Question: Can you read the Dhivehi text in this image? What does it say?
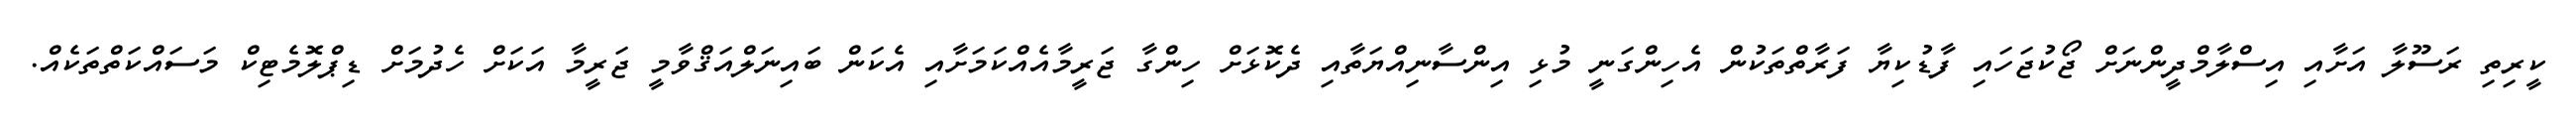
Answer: ކީރިތި ރަސޫލާ އަށާއި އިސްލާމްދީންނަށް ޖޯކުޖަހައި ފާޑުކިޔާ ފަރާތްތަކުން އެހިންގަނީ މުޅި އިންސާނިއްޔަތާއި ދެކޮޅަށް ހިންގާ ޖަރީމާއެއްކަމަށާއި އެކަން ބައިނަލްއަޤްވާމީ ޖަރީމާ އަކަށް ހެދުމަށް ޑިޕްލޮމެޓިކް މަސައްކަތްތަކެއް.